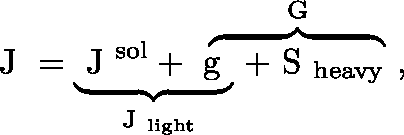
\mathrm { \boldmath ~ J ~ } = \underbrace { \mathrm { \boldmath ~ J ~ } ^ { \mathrm { s o l } } + \mathrm { \boldmath ~ g ~ } } _ { \mathrm { \boldmath ~ J ~ } _ { \mathrm { l i g h t } } } \! \! \! \! \! \overbrace { \ \ \ + \mathrm { \boldmath ~ S ~ } _ { \mathrm { h e a v y } } } ^ { \mathrm { \boldmath ~ G ~ } } \ ,